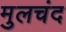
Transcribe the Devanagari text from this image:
मुलचंद